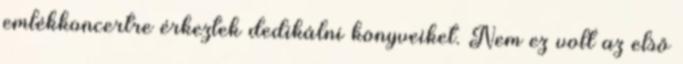
emlékkoncertre érkeztek dedikálni könyveiket. Nem ez volt az első